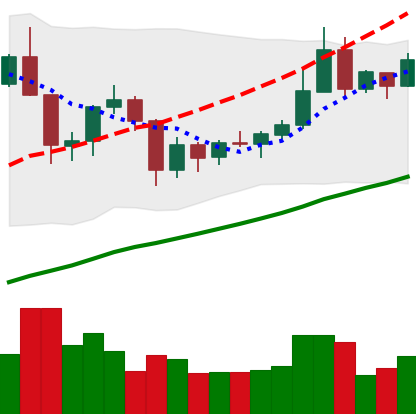
Ticker: XRP-USD
Chart end date: 2019-06-21
Forward return: 5.475%
Label: up_5_7